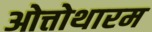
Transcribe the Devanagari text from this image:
ओत्तोथारम